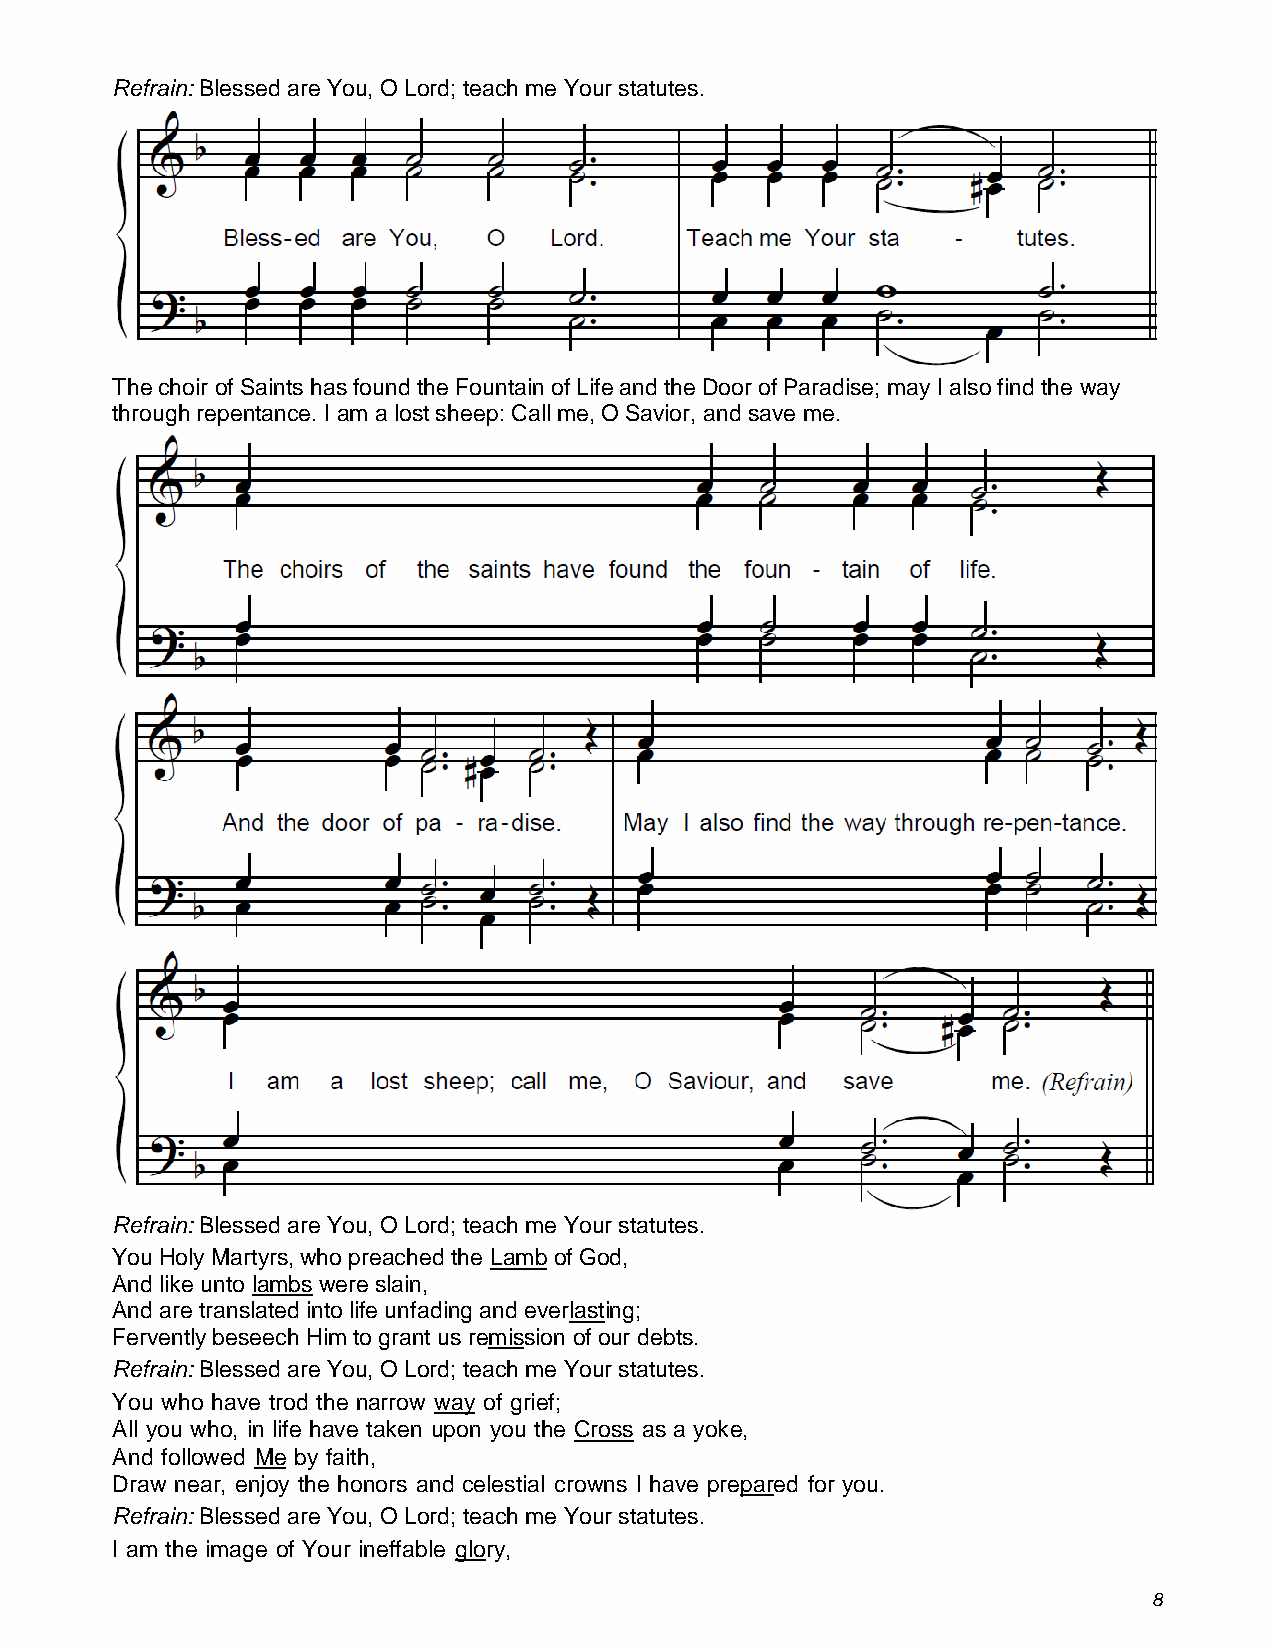
Refrain: Blessed are You, O Lord; teach me Your statutes.
 The choir of Saints has found the Fountain of Life and the Door of Paradise; may I also find the way
 through repentance. I am a lost sheep: Call me, O Savior, and save me.
 Refrain: Blessed are You, O Lord; teach me Your statutes.
 You Holy Martyrs, who preached the Lamb of God,
 And like unto lambs were slain,
 And are translated into life unfading and everlasting;
 Fervently beseech Him to grant us remission of our debts.
 Refrain: Blessed are You, O Lord; teach me Your statutes.
 You who have trod the narrow way of grief;
 All you who, in life have taken upon you the Cross as a yoke,
 And followed Me by faith,
 Draw near, enjoy the honors and celestial crowns I have prepared for you.
 Refrain: Blessed are You, O Lord; teach me Your statutes.
 I am the image of Your ineffable glory,
 8